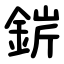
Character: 䤱